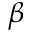
\beta